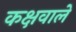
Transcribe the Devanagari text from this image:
कक्षवाले